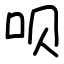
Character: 呗